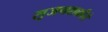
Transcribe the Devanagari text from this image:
सृजनशक्तीचे